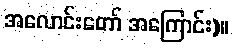
အလောင်းတော် အကြောင်း)။